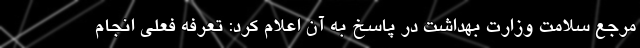
مرجع سلامت وزارت بهداشت در پاسخ به آن اعلام کرد: تعرفه فعلی انجام